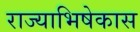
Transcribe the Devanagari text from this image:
राज्याभिषेकास